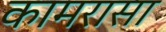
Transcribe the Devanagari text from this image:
कामरासा